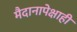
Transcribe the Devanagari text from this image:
मैदानापेक्षाही